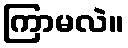
ကြာမလဲ။